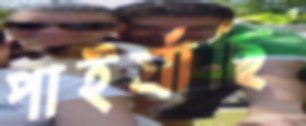
পাইর্যাছি